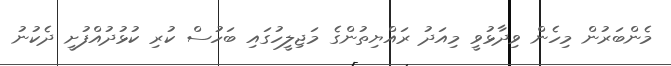
މެންބަރުން މިހެން ވިދާޅުވީ މިއަދު ރައްޔިތުންގެ މަޖިލީހުގައި ބަހުސް ކުރި ކުޅުދުއްފުށީ ދެކުނު